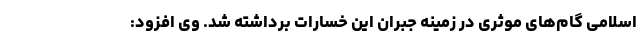
اسلامی گام‌های موثری در زمینه جبران این خسارات برداشته شد. وی افزود: